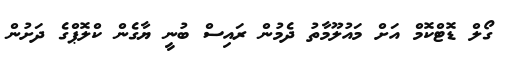
ގޯލް ޑޮޓްކޮމް އަށް މައުލޫމާތު ދެމުން ރައިސް ބުނީ ޔާގެން ކްލޮޕްގެ ދަށުން